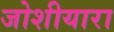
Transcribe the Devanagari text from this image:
जोशीयारा